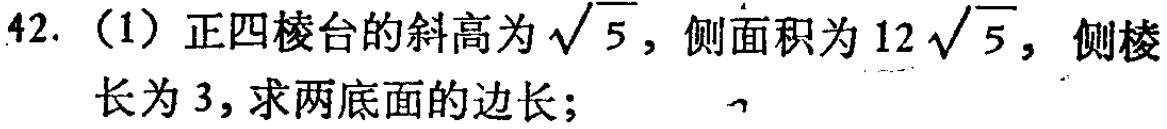
42. (1) 正四棱台的斜高为\(\sqrt{5}\)，侧面积为\(12\sqrt{5}\)，侧棱长为\(3\)，求两底面的边长；